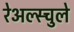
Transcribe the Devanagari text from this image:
रेअल्स्चुले